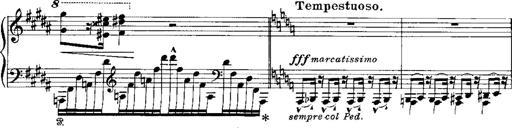
Title: RÃ©miniscences de Norma de Bellini
Composer: Franz Liszt